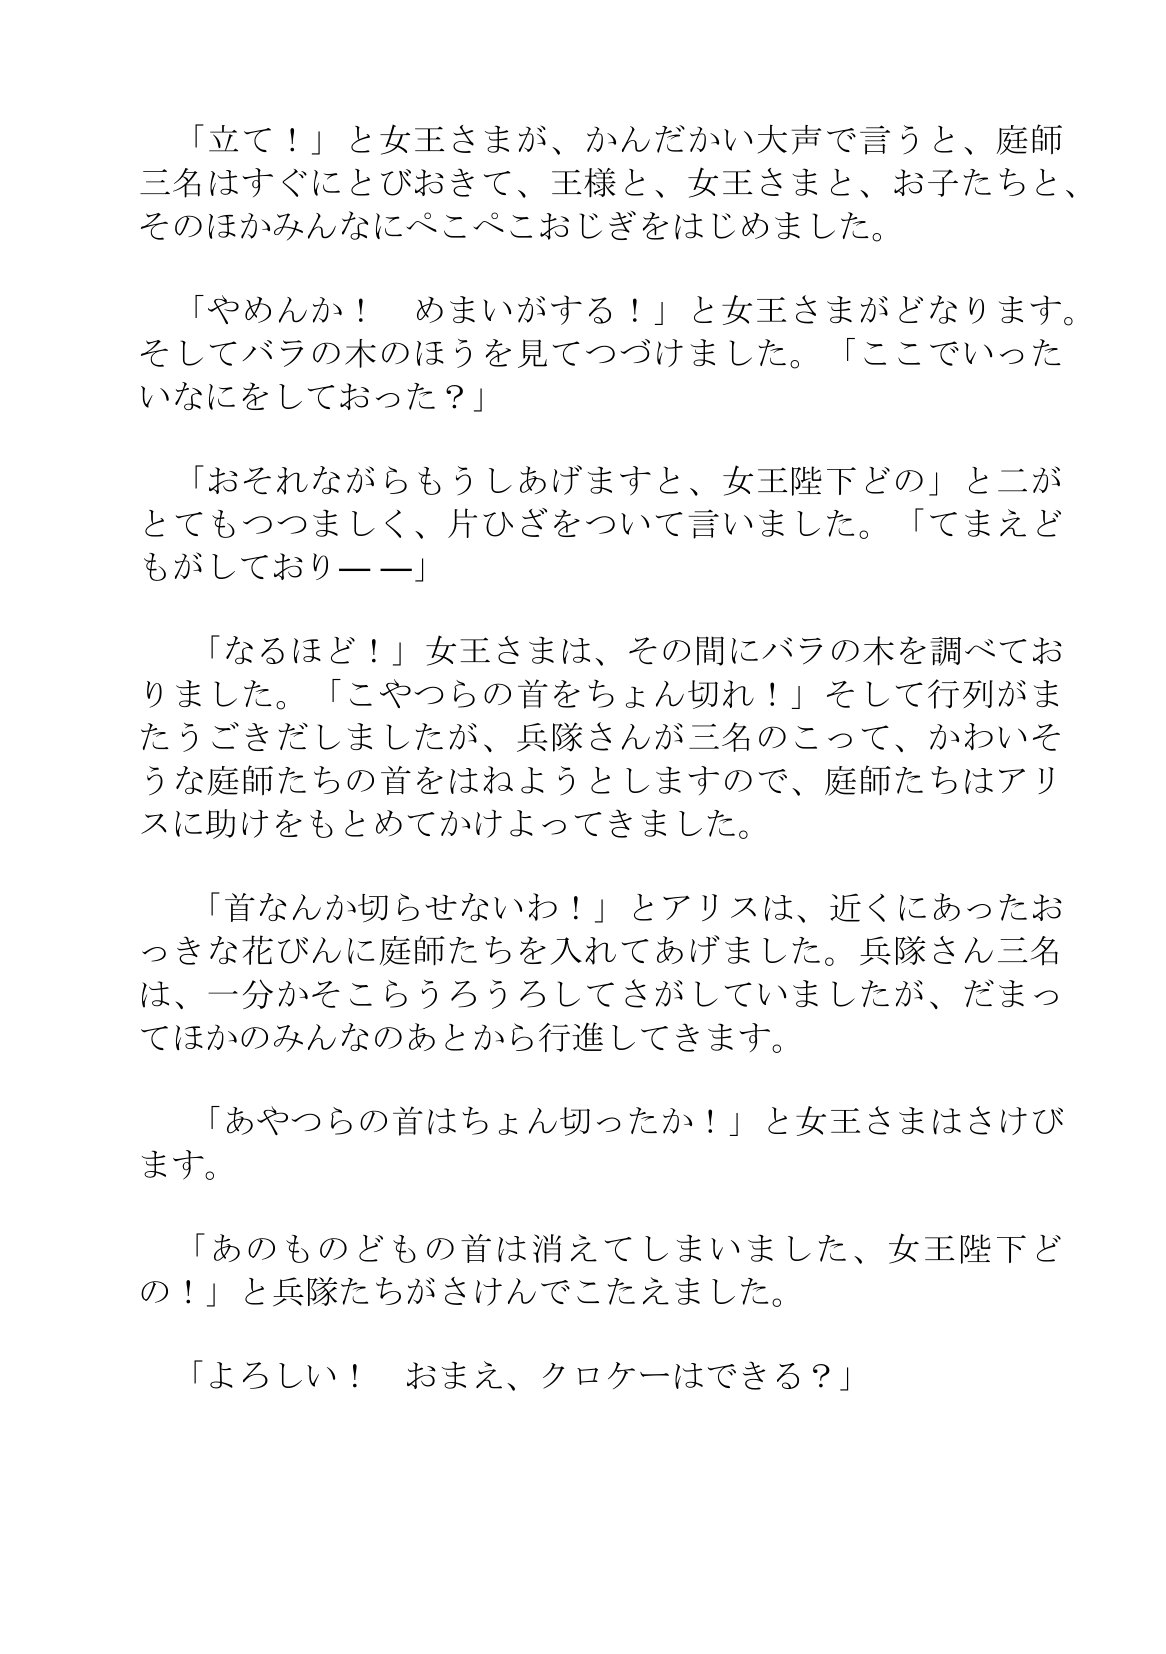
Language: ja